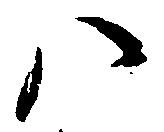
八